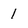
Character: I